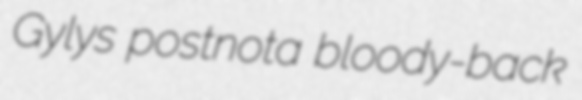
Gylys postnota bloody-back